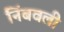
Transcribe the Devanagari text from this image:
निंबवली